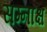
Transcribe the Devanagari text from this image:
सम्नाक्ष